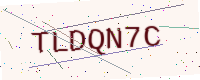
Text: TLDQN7C